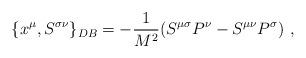
LaTeX: \begin{align*}\{x^\mu ,S^{\sigma\nu}\}_{DB}=-\frac{1}{M^2}(S^{\mu\sigma}P^\nu-S^{\mu\nu}P^\sigma ) ~,\end{align*}